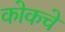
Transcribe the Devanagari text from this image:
कोकचे